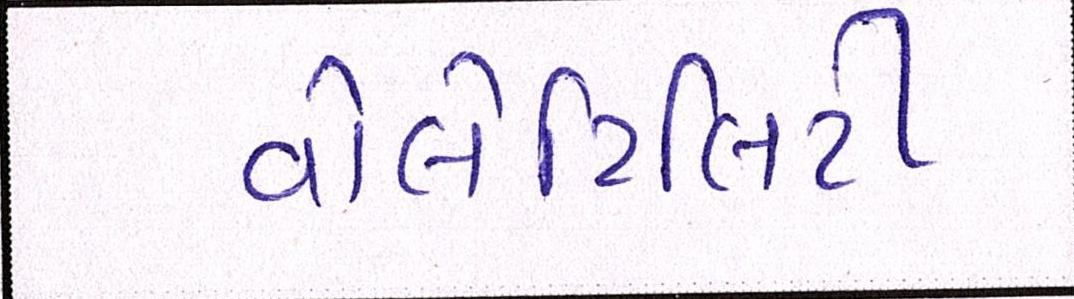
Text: વોલેટિલિટી